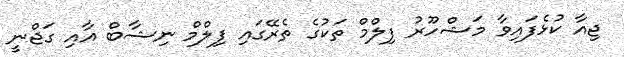
ޖިއާ ކުޅެފައިވާ މަޝްހޫރު ފިލްމް ތަކުގެ ތެރޭގައި ފިލްމް ނިޝާބް އާއި ގަޖްނީ